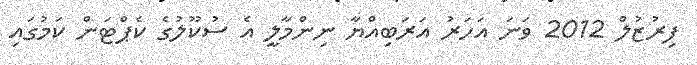
ފިރުޒުލް 2012 ވަނަ އަހަރު އަރަބިއްޔާ ނިންމާލީ އެ ސުކޫލުގެ ކެޕްޓަން ކަމުގައި